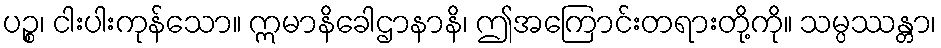
ပဉ္စ၊ ငါးပါးကုန်သော။ ဣမာနိခေါဌာနာနိ၊ ဤအကြောင်းတရားတို့ကို။ သမ္ပဿန္တာ၊